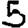
Digit: 5